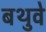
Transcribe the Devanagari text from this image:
बथुवे